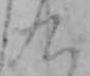
九